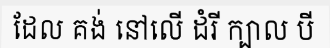
ដែល គង់ នៅលើ ដំរី ក្បាល បី